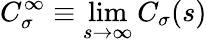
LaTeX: C_{\sigma}^{\infty}\equiv\operatorname*{lim}_{s\to\infty}C_{\sigma}(s)